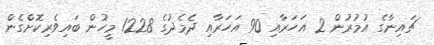
ޗައިނާގެ އުމުރުން 2 އަހަރާއި 90 އަހަރާއި ދެމެދުގެ 1228 މީހުން ބައިވެރިކޮށްގެން